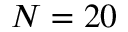
N = 2 0